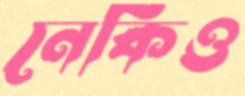
নেকিও